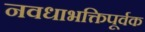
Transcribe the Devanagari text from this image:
नवधाभक्तिपूर्वक